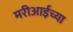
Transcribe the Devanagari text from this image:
मरीआईच्या